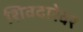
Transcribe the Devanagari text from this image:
शिवदारेवर